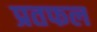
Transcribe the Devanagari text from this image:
प्रतफल